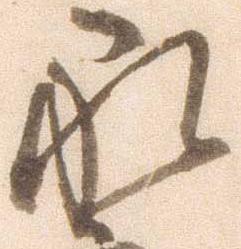
永